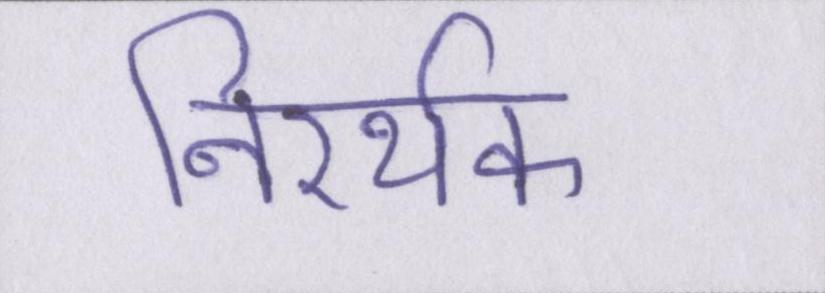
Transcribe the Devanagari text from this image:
निरर्थक